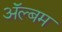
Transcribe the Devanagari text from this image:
अॅल्बम